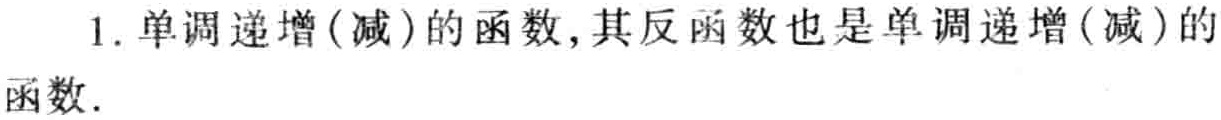
1. 单调递增(减)的函数,其反函数也是单调递增(减)的函数.